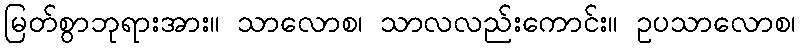
မြတ်စွာဘုရားအား။ သာလောစ၊ သာလလည်းကောင်း။ ဥပသာလောစ၊